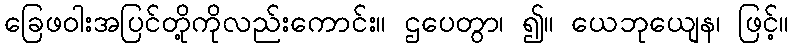
ခြေဖဝါးအပြင်တို့ကိုလည်းကောင်း။ ဌပေတွာ၊ ၍။ ယေဘုယျေန၊ ဖြင့်။